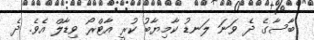
ބާސާގެ ދެ ވަނަ ލަނޑު ކާމިޔާބު ކުރީ އާޓްރޯ ވިޑާލް އެވެ. ދެ